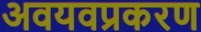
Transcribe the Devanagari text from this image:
अवयवप्रकरण